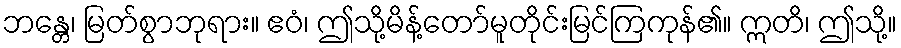
ဘန္တေ၊ မြတ်စွာဘုရား။ ဧဝံ၊ ဤသို့မိန့်တော်မူတိုင်းမြင်ကြကုန်၏။ ဣတိ၊ ဤသို့။